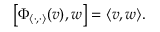
\left[ \Phi _ { \langle \cdot , \cdot \rangle } ( v ) , w \right] = \langle v , w \rangle .